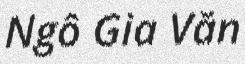
Ngô Gia Văn